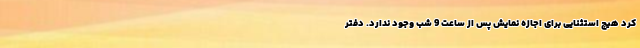
کرد هیچ استثنایی برای اجازه نمایش پس از ساعت 9 شب وجود ندارد. دفتر